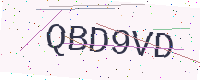
Text: QBD9VD